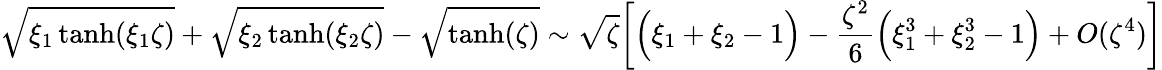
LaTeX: \sqrt{\xi_{1}\operatorname{tanh}(\xi_{1}\zeta)}+\sqrt{\xi_{2}\operatorname{tanh}(\xi_{2}\zeta)}-\sqrt{\operatorname{tanh}(\zeta)}\sim\sqrt{\zeta}\bigg[\Big(\xi_{1}+\xi_{2}-1\Big)-\frac{\zeta^{2}}{6}\Big(\xi_{1}^{3}+\xi_{2}^{3}-1\Big)+O(\zeta^{4})\bigg]